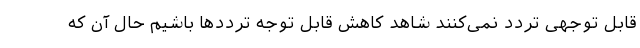
قابل توجهی تردد نمی‌کنند شاهد کاهش قابل توجه ترددها باشیم حال آن که